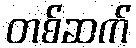
တစ်ဆက်